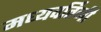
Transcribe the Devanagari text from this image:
मध्यवर्तिनी